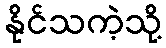
နိုင်သကဲ့သို့